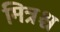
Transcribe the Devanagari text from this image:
मित्रश्च